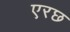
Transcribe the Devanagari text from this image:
एरछ